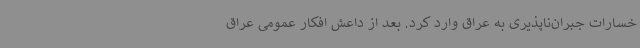
خسارات جبران‌ناپذیری به عراق وارد کرد. بعد از داعش افکار عمومی عراق